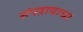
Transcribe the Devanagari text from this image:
संपद्रायाचा